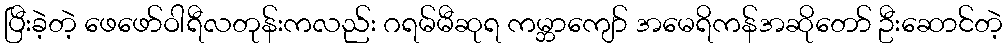
ပြီးခဲ့တဲ့ ဖေဖော်ဝါရီလတုန်းကလည်း ဂရမ်မီဆုရ ကမ္ဘာကျော် အမေရိကန်အဆိုတော် ဦးဆောင်တဲ့